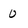
Character: 0